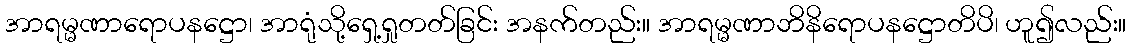
အာရမ္မဏာရောပနဋ္ဌော၊ အာရုံသို့ရှေ့ရှုတတ်ခြင်း အနက်တည်း။ အာရမ္မဏာဘိနိရောပနဋ္ဌောတိပိ၊ ဟူ၍လည်း။